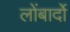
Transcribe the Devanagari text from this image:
लोंबार्दो